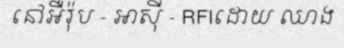
នៅអឺរ៉ុប - អាស៊ី - RFIដោយ ឈាង